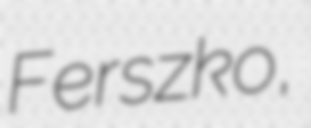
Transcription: Ferszko,